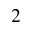
^ 2